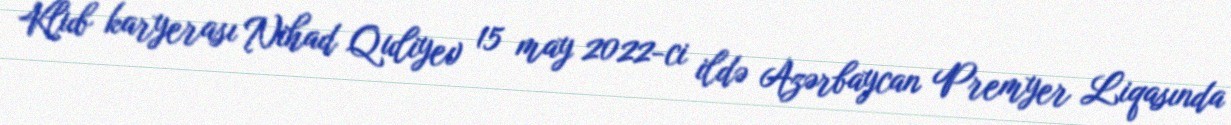
Klub karyerası Nihad Quliyev 15 may 2022-ci ildə Azərbaycan Premyer Liqasında